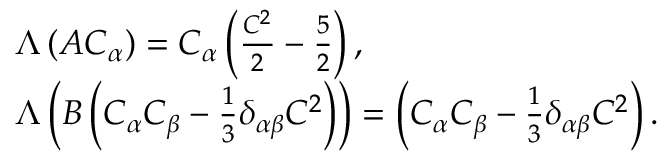
\begin{array} { r l } & { \Lambda \left( A C _ { \alpha } \right) = C _ { \alpha } \left( \frac { C ^ { 2 } } { 2 } - \frac { 5 } { 2 } \right) , } \\ & { \Lambda \left( B \left( C _ { \alpha } C _ { \beta } - \frac { 1 } { 3 } \delta _ { \alpha \beta } C ^ { 2 } \right) \right) = \left( C _ { \alpha } C _ { \beta } - \frac { 1 } { 3 } \delta _ { \alpha \beta } C ^ { 2 } \right) . } \end{array}